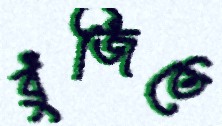
বুঁজিতে